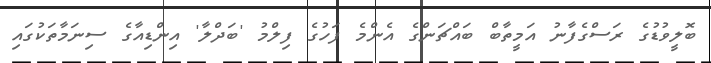
ބޮލީވުޑުގެ ރަސްގެފާނު އަމީތާބް ބައްޗަންގެ އެންމެ ފަހުގެ ފިލްމު 'ބަދްލާ' އިންޑިއާގެ ސިނަމާތަކުގައި